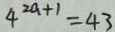
4 ^ { 2 a + 1 } = 4 3